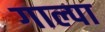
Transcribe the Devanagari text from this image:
गाल्पा